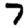
Digit: 7